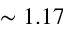
\sim 1 . 1 7